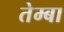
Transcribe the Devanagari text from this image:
तेम्बा